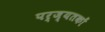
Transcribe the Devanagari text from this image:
पर्ज्यतकों